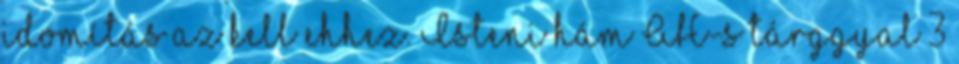
idomítás az kell ehhez. Isteni hám AH-s tárggyal 3